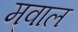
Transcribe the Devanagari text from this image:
मवाल